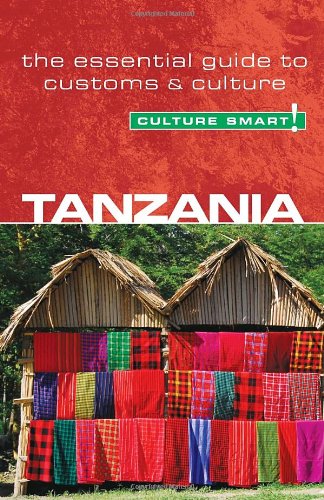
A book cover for Tanzania - Culture Smart!: the essential guide to customs & culture; Quintin Winks; Business & Money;